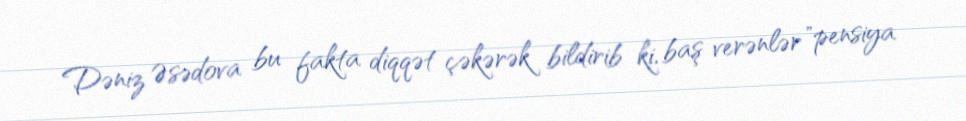
Dəniz Əsədova bu fakta diqqət çəkərək bildirib ki, baş verənlər "pensiya